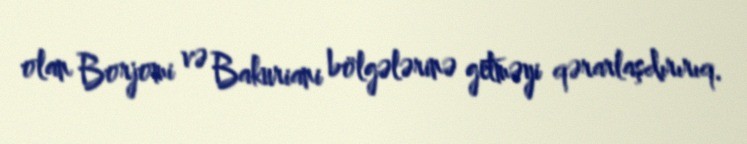
olan Borjomi və Bakuriani bölgələrinə getməyi qərarlaşdırırıq.